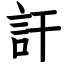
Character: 訐